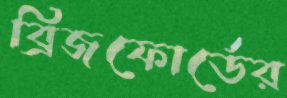
ব্রিজফোর্ডের